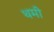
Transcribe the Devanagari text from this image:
थमी